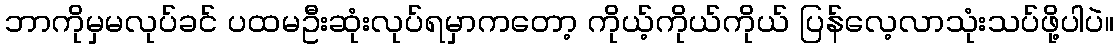
ဘာကိုမှမလုပ်ခင် ပထမဦးဆုံးလုပ်ရမှာကတော့ ကိုယ့်ကိုယ်ကိုယ် ပြန်လေ့လာသုံးသပ်ဖို့ပါပဲ။